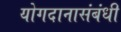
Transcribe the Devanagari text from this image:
योगदानासंबंधी